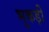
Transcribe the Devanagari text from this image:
भुकड़ी